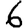
Digit: 6